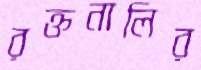
রক্তনালির